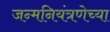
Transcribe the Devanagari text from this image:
जन्मनियंत्रणेच्या